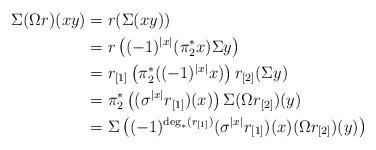
LaTeX: \begin{align*}\Sigma (\Omega r)(xy) &= r(\Sigma (xy)) \\&= r\left((-1)^{|x|} (\pi_2^*x) \Sigma y \right) \\&= r_{[1]}\left(\pi_2^*((-1)^{|x|}x)\right) r_{[2]}(\Sigma y) \\&= \pi_2^*\left((\sigma^{|x|} r_{[1]})(x)\right) \Sigma (\Omega r_{[2]})(y) \\&= \Sigma \left( (-1)^{\deg_*(r_{[1]})} (\sigma^{|x|} r_{[1]})(x) (\Omega r_{[2]})(y) \right)\end{align*}